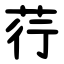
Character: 荇